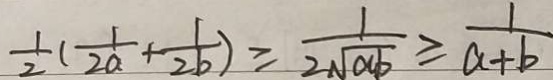
\frac { 1 } { 2 } ( \frac { 1 } { 2 a } + \frac { 1 } { 2 b } ) \geq \frac { 1 } { 2 \sqrt { a b } } \geq \frac { 1 } { a + b }